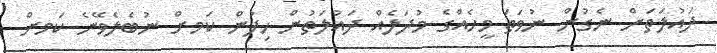
ދައުލަތަށް ނެގުން ނުވަތަ މީހެއްގެ މުދަލެއް ދައުލަތުން ހިފުން ކަަމށް ނުބެލެވޭނެ ކަަމށް